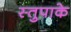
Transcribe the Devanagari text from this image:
स्तुपाके